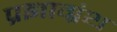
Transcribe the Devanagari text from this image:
प्रज्ञाग्रंथ